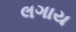
લગાય